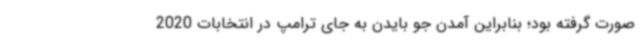
صورت گرفته بود؛ بنابراین آمدن جو بایدن به جای ترامپ در انتخابات 2020